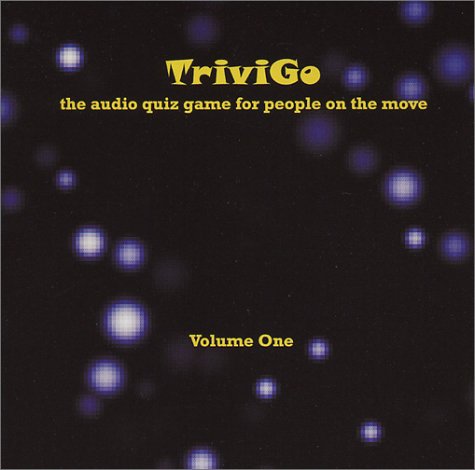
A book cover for TriviGo: The Audio Quiz Game For People On The Move (Volume One); Wyman Brantley; Humor & Entertainment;